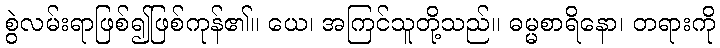
စွဲလမ်းရာဖြစ်၍ဖြစ်ကုန်၏။ ယေ၊ အကြင်သူတို့သည်။ ဓမ္မစာရိနော၊ တရားကို